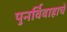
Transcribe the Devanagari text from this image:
पुनर्विवाहाचे